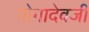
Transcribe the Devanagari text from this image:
गोगादेवजी